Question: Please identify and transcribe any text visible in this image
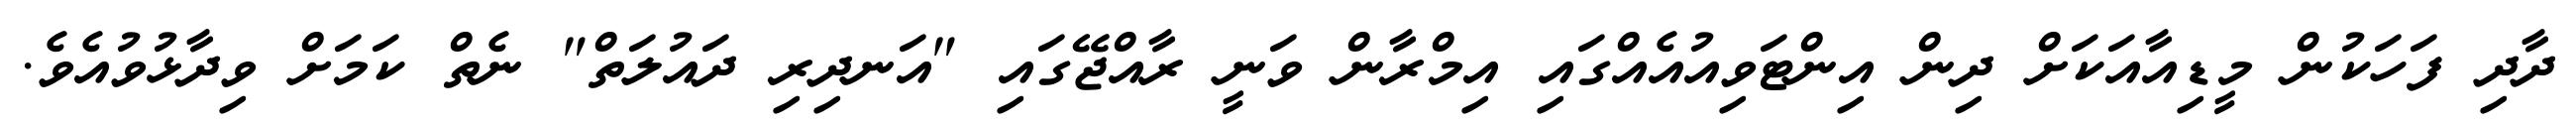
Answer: ދާދި ފަހަކުން މީޑިއާއަކަށް ދިން އިންޓަވިއުއެއްގައި އިމްރާން ވަނީ ރާއްޖޭގައި "އަނދިރި ދައުލަތް" ނެތް ކަމަށް ވިދާޅުވުއެވެ.